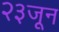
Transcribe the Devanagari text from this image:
२३जून